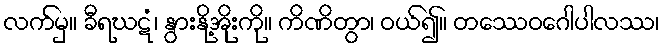
လက်မှ။ ခီရဃဋံ၊ နွားနို့အိုးကို။ ကိဏိတွာ၊ ဝယ်၍။ တဿေဝဂေါပါလဿ၊